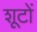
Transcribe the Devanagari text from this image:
शूटों